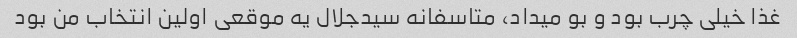
غذا خیلی چرب بود و بو میداد، متاسفانه سیدجلال یه موقعی اولین انتخاب من بود